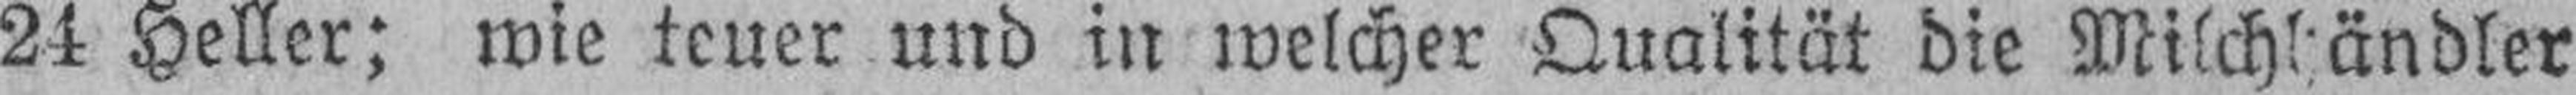
24 Heller; wie teuer und in welcher Qualität die Milchhändler